Proceedings of the meeting of veterinary officers in India
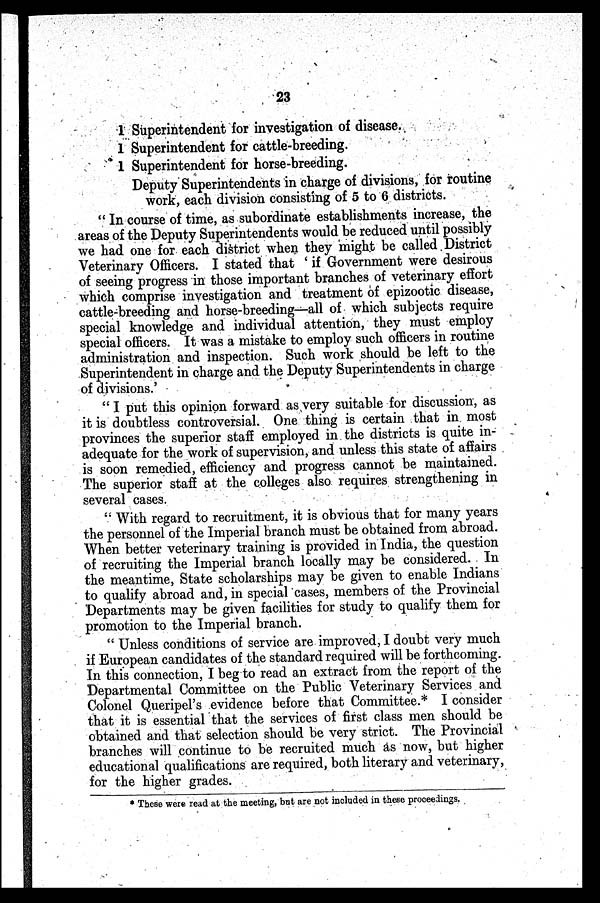
23
1 Superintendent for investigation of disease.
1 Superintendent for cattle-breeding.
1 Superintendent for horse-breeding.
Deputy Superintendents in charge of divisions, for routine
work, each division consisting of 5 to 6 districts.
" In course of time, as subordinate establishments increase, the
areas of the Deputy Superintendents would be reduced until possibly
we had one for each district when they might be called District
Veterinary Officers. I stated that ' if Government were desirous
of seeing progress in those important branches of veterinary effort
which comprise investigation and treatment of epizootic disease,
cattle-breeding and horse-breeding—all of which subjects require
special knowledge and individual attention, they must employ
special officers. It was a mistake to employ such officers in routine
administration and inspection. Such work should be left to the
Superintendent in charge and the Deputy Superintendents in charge
of divisions.'
" I put this opinion forward as very suitable for discussion, as
it is doubtless controversial. One thing is certain that in most
provinces the superior staff employed in the districts is quite in-
adequate for the work of supervision, and unless this state of affairs
is soon remedied, efficiency and progress cannot be maintained.
The superior staff at the colleges also requires strengthening in
several cases.
" With regard to recruitment, it is obvious that for many years
the personnel of the Imperial branch must be obtained from abroad.
When better veterinary training is provided in India, the question
of recruiting the Imperial branch locally may be considered. In
the meantime, State scholarships may be given to enable Indians
to qualify abroad and, in special cases, members of the Provincial
Departments may be given facilities for study to qualify them for
promotion to the Imperial branch.
" Unless conditions of service are improved, I doubt very much
if European candidates of the standard required will be forthcoming.
In this connection, I beg to read an extract from the report of the
Departmental Committee on the Public Veterinary Services and
Colonel Queripel's evidence before that Committee.* I consider
that it is essential that the services of first class men should be
obtained and that selection should be very strict. The Provincial
branches will continue to be recruited much as now, but higher
educational qualifications are required, both literary and veterinary,
for the higher grades.
* These were read at the meeting, bat are not included in these proceedings.